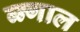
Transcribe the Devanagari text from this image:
ब्न्गाल